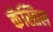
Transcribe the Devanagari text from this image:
कॅस्तिल